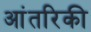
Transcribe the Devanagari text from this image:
आंतरिकी